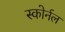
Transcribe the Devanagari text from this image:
स्कोर्नल